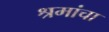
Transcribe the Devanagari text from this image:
श्रमांचा